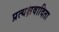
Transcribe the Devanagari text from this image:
प्रत्यक्षवादिता